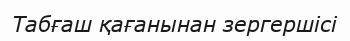
Табғаш қағанынан зергершiсi